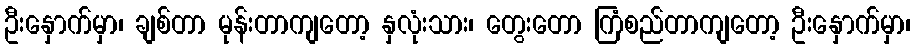
ဦးနှောက်မှာ၊ ချစ်တာ မုန်းတာကျတော့ နှလုံးသား၊ တွေးတော ကြံစည်တာကျတော့ ဦးနှောက်မှာ၊